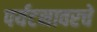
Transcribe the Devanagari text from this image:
पर्यटनावरचे